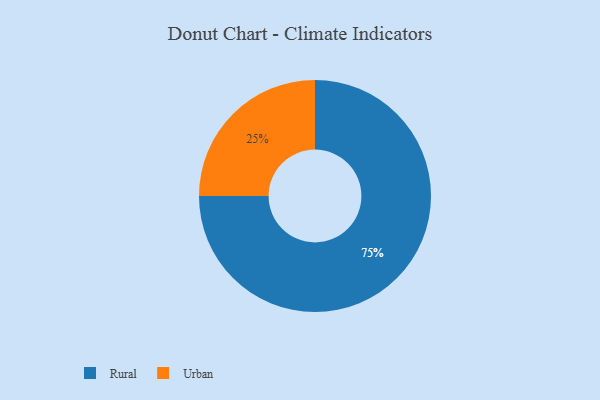
{"axis": {"x": "Category", "y": "Percentage"}, "legend": ["Rural", "Urban"], "data": [{"x": "Urban", "y": 25, "type": "Urban"}, {"x": "Rural", "y": 75, "type": "Rural"}]}